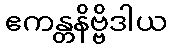
ဧကန္တနိဗ္ဗိဒါယ